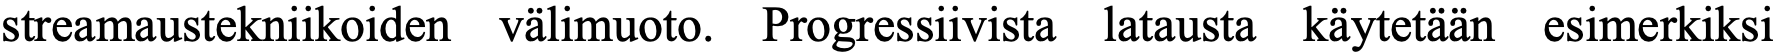
streamaustekniikoiden välimuoto. Progressiivista latausta käytetään esimerkiksi